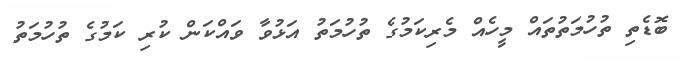
ބޮޑެތި ތުހުމަތުތައް މީހެއް މެރިކަމުގެ ތުހުމަތު އަޅުވާ ވައްކަން ކުރި ކަމުގެ ތުހުމަތު